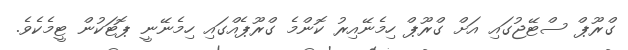
ގްރޫޕް ސްޓޭޖުގައި އަށް ގްރޫޕް ހިމެނޭއިރު ކޮންމެ ގްރޫޕެއްގައި ހިމެނޭނީ ޕޮޓަކުން ޓީމެކެވެ.